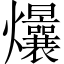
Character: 𤓢